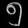
Digit: ၅